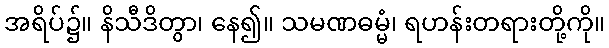
အရိပ်၌။ နိသီဒိတွာ၊ နေ၍။ သမဏဓမ္မံ၊ ရဟန်းတရားတို့ကို။